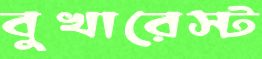
বুখারেস্ট